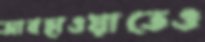
আবহাওয়াতেও